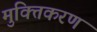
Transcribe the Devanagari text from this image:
मुक्तिकरण